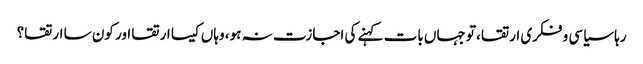
رہا سیاسی و فکری ارتقا، تو جہاں بات کہنے کی اجازت نہ ہو، وہاں کیسا ارتقا اور کون سا ارتقا؟